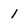
Character: 1